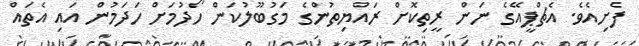
ފެށިއެވެ. އެޗްޕީއޭގެ ނަން ރީތިކޮށް ރައްޔިތުންގެ މަގުބޫލުކަން ހޯދުމަށް ހަދަމުން އައި އެތައް